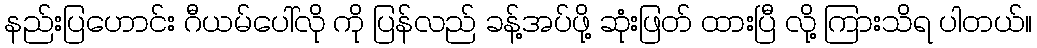
နည်းပြဟောင်း ဂီယမ်ပေါ်လို ကို ပြန်လည် ခန့်အပ်ဖို့ ဆုံးဖြတ် ထားပြီ လို့ ကြားသိရ ပါတယ်။